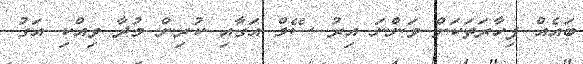
ބައެއް ފިހާރަތަކަށް ވަންނަ އިރު ސޭލް އަގާއި ކުރިން މުދާ ވިއްކި އަގު